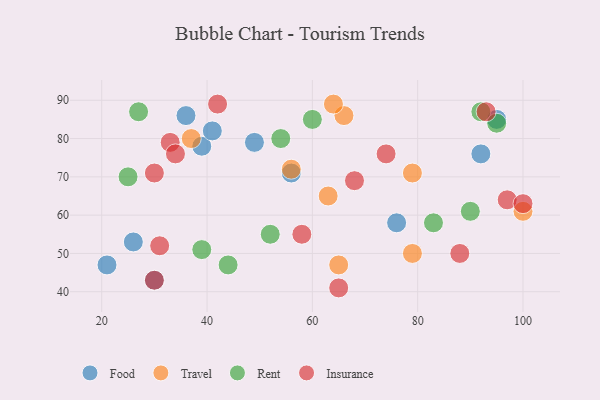
{"axis": {"x": "GDP", "y": "Life Expectancy"}, "legend": ["Food", "Insurance", "Rent", "Travel"], "data": [{"x": "21", "y": 47, "type": "Food"}, {"x": "92", "y": 76, "type": "Food"}, {"x": "49", "y": 79, "type": "Food"}, {"x": "39", "y": 78, "type": "Food"}, {"x": "41", "y": 82, "type": "Food"}, {"x": "26", "y": 53, "type": "Food"}, {"x": "95", "y": 85, "type": "Food"}, {"x": "56", "y": 71, "type": "Food"}, {"x": "76", "y": 58, "type": "Food"}, {"x": "30", "y": 43, "type": "Food"}, {"x": "36", "y": 86, "type": "Food"}, {"x": "56", "y": 72, "type": "Travel"}, {"x": "66", "y": 86, "type": "Travel"}, {"x": "79", "y": 50, "type": "Travel"}, {"x": "63", "y": 65, "type": "Travel"}, {"x": "37", "y": 80, "type": "Travel"}, {"x": "100", "y": 61, "type": "Travel"}, {"x": "64", "y": 89, "type": "Travel"}, {"x": "79", "y": 71, "type": "Travel"}, {"x": "65", "y": 47, "type": "Travel"}, {"x": "27", "y": 87, "type": "Rent"}, {"x": "54", "y": 80, "type": "Rent"}, {"x": "44", "y": 47, "type": "Rent"}, {"x": "60", "y": 85, "type": "Rent"}, {"x": "83", "y": 58, "type": "Rent"}, {"x": "95", "y": 84, "type": "Rent"}, {"x": "39", "y": 51, "type": "Rent"}, {"x": "52", "y": 55, "type": "Rent"}, {"x": "25", "y": 70, "type": "Rent"}, {"x": "90", "y": 61, "type": "Rent"}, {"x": "92", "y": 87, "type": "Rent"}, {"x": "58", "y": 55, "type": "Insurance"}, {"x": "42", "y": 89, "type": "Insurance"}, {"x": "33", "y": 79, "type": "Insurance"}, {"x": "31", "y": 52, "type": "Insurance"}, {"x": "30", "y": 71, "type": "Insurance"}, {"x": "97", "y": 64, "type": "Insurance"}, {"x": "34", "y": 76, "type": "Insurance"}, {"x": "100", "y": 63, "type": "Insurance"}, {"x": "93", "y": 87, "type": "Insurance"}, {"x": "88", "y": 50, "type": "Insurance"}, {"x": "30", "y": 43, "type": "Insurance"}, {"x": "68", "y": 69, "type": "Insurance"}, {"x": "65", "y": 41, "type": "Insurance"}, {"x": "74", "y": 76, "type": "Insurance"}]}